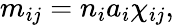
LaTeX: m_{ij}=n_{i}a_{i}\chi_{ij},